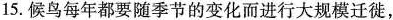
15.候鸟每年都要随季节的变化而进行大规模迁徙，